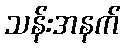
သန်းအနက်